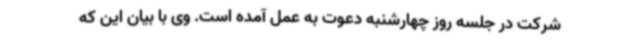
شرکت در جلسه روز چهارشنبه دعوت به عمل آمده است. وی با بیان این که